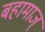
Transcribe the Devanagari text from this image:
बहामाज्